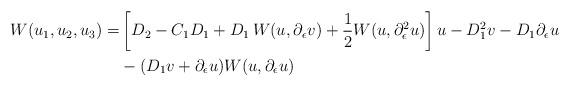
LaTeX: \begin{align*}W(u_1,u_2,u_3)=&\left[D_2-C_1D_1+D_1\, W(u,\partial_\epsilon v) +\frac{1}{2}W(u,\partial_\epsilon^2 u)\right]u-D_1^2v-D_1\partial_\epsilon u \\&-(D_1v+\partial_\epsilon u)W(u,\partial_\epsilon u)\end{align*}